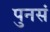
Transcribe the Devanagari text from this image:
पुनसं